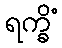
ရက္ခိံ